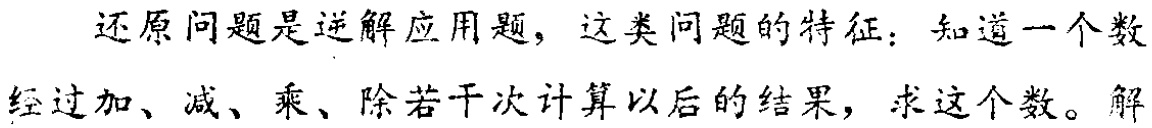
还原问题是逆解应用题，这类问题的特征：知道一个数经过加、减、乘、除若干次计算以后的结果，求这个数。解